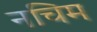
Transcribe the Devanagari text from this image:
नचिम